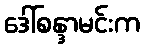
ဒေါ်စန္ဒာမင်းက